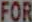
FOR